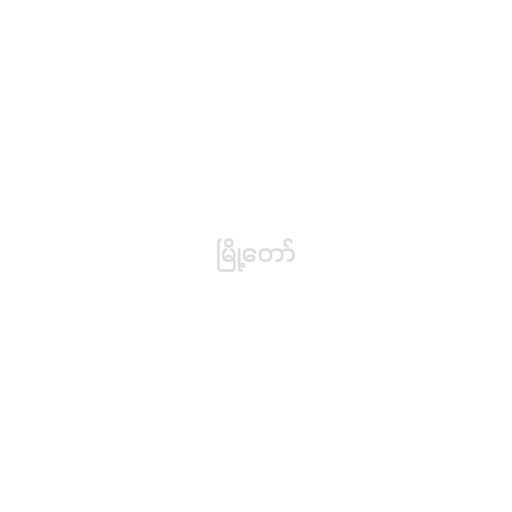
မြို့တော်